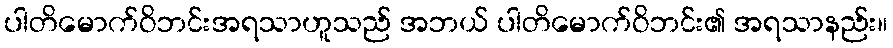
ပါတိမောက်ဝိဘင်းအရသာဟူသည် အဘယ် ပါတိမောက်ဝိဘင်း၏ အရသာနည်း။